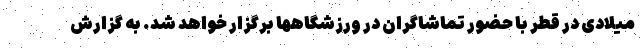
میلادی در قطر با حضور تماشاگران در ورزشگاهها برگزار خواهد شد. به گزارش